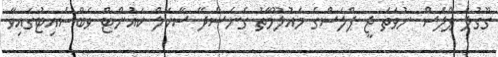
ގޫގުލް ޕްލަސް ނުވަތަ ޖީ ޕްލަސްގެ މައުލޫމާތު ގެނެސްދޭ ސާކަލް ކައުންޓް ވެބްސައިޓުގައިވާ